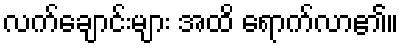
လက်ချောင်းများ အထိ ရောက်လာ၏။